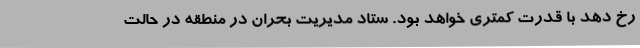
رخ دهد با قدرت کمتری خواهد بود. ستاد مدیریت بحران در منطقه در حالت